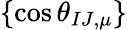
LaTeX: \{ \cos\theta_{IJ,\mu}\}